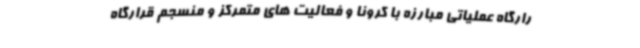
رارگاه عملیاتی مبارزه با کرونا و فعالیت های متمرکز و منسجم قرارگاه